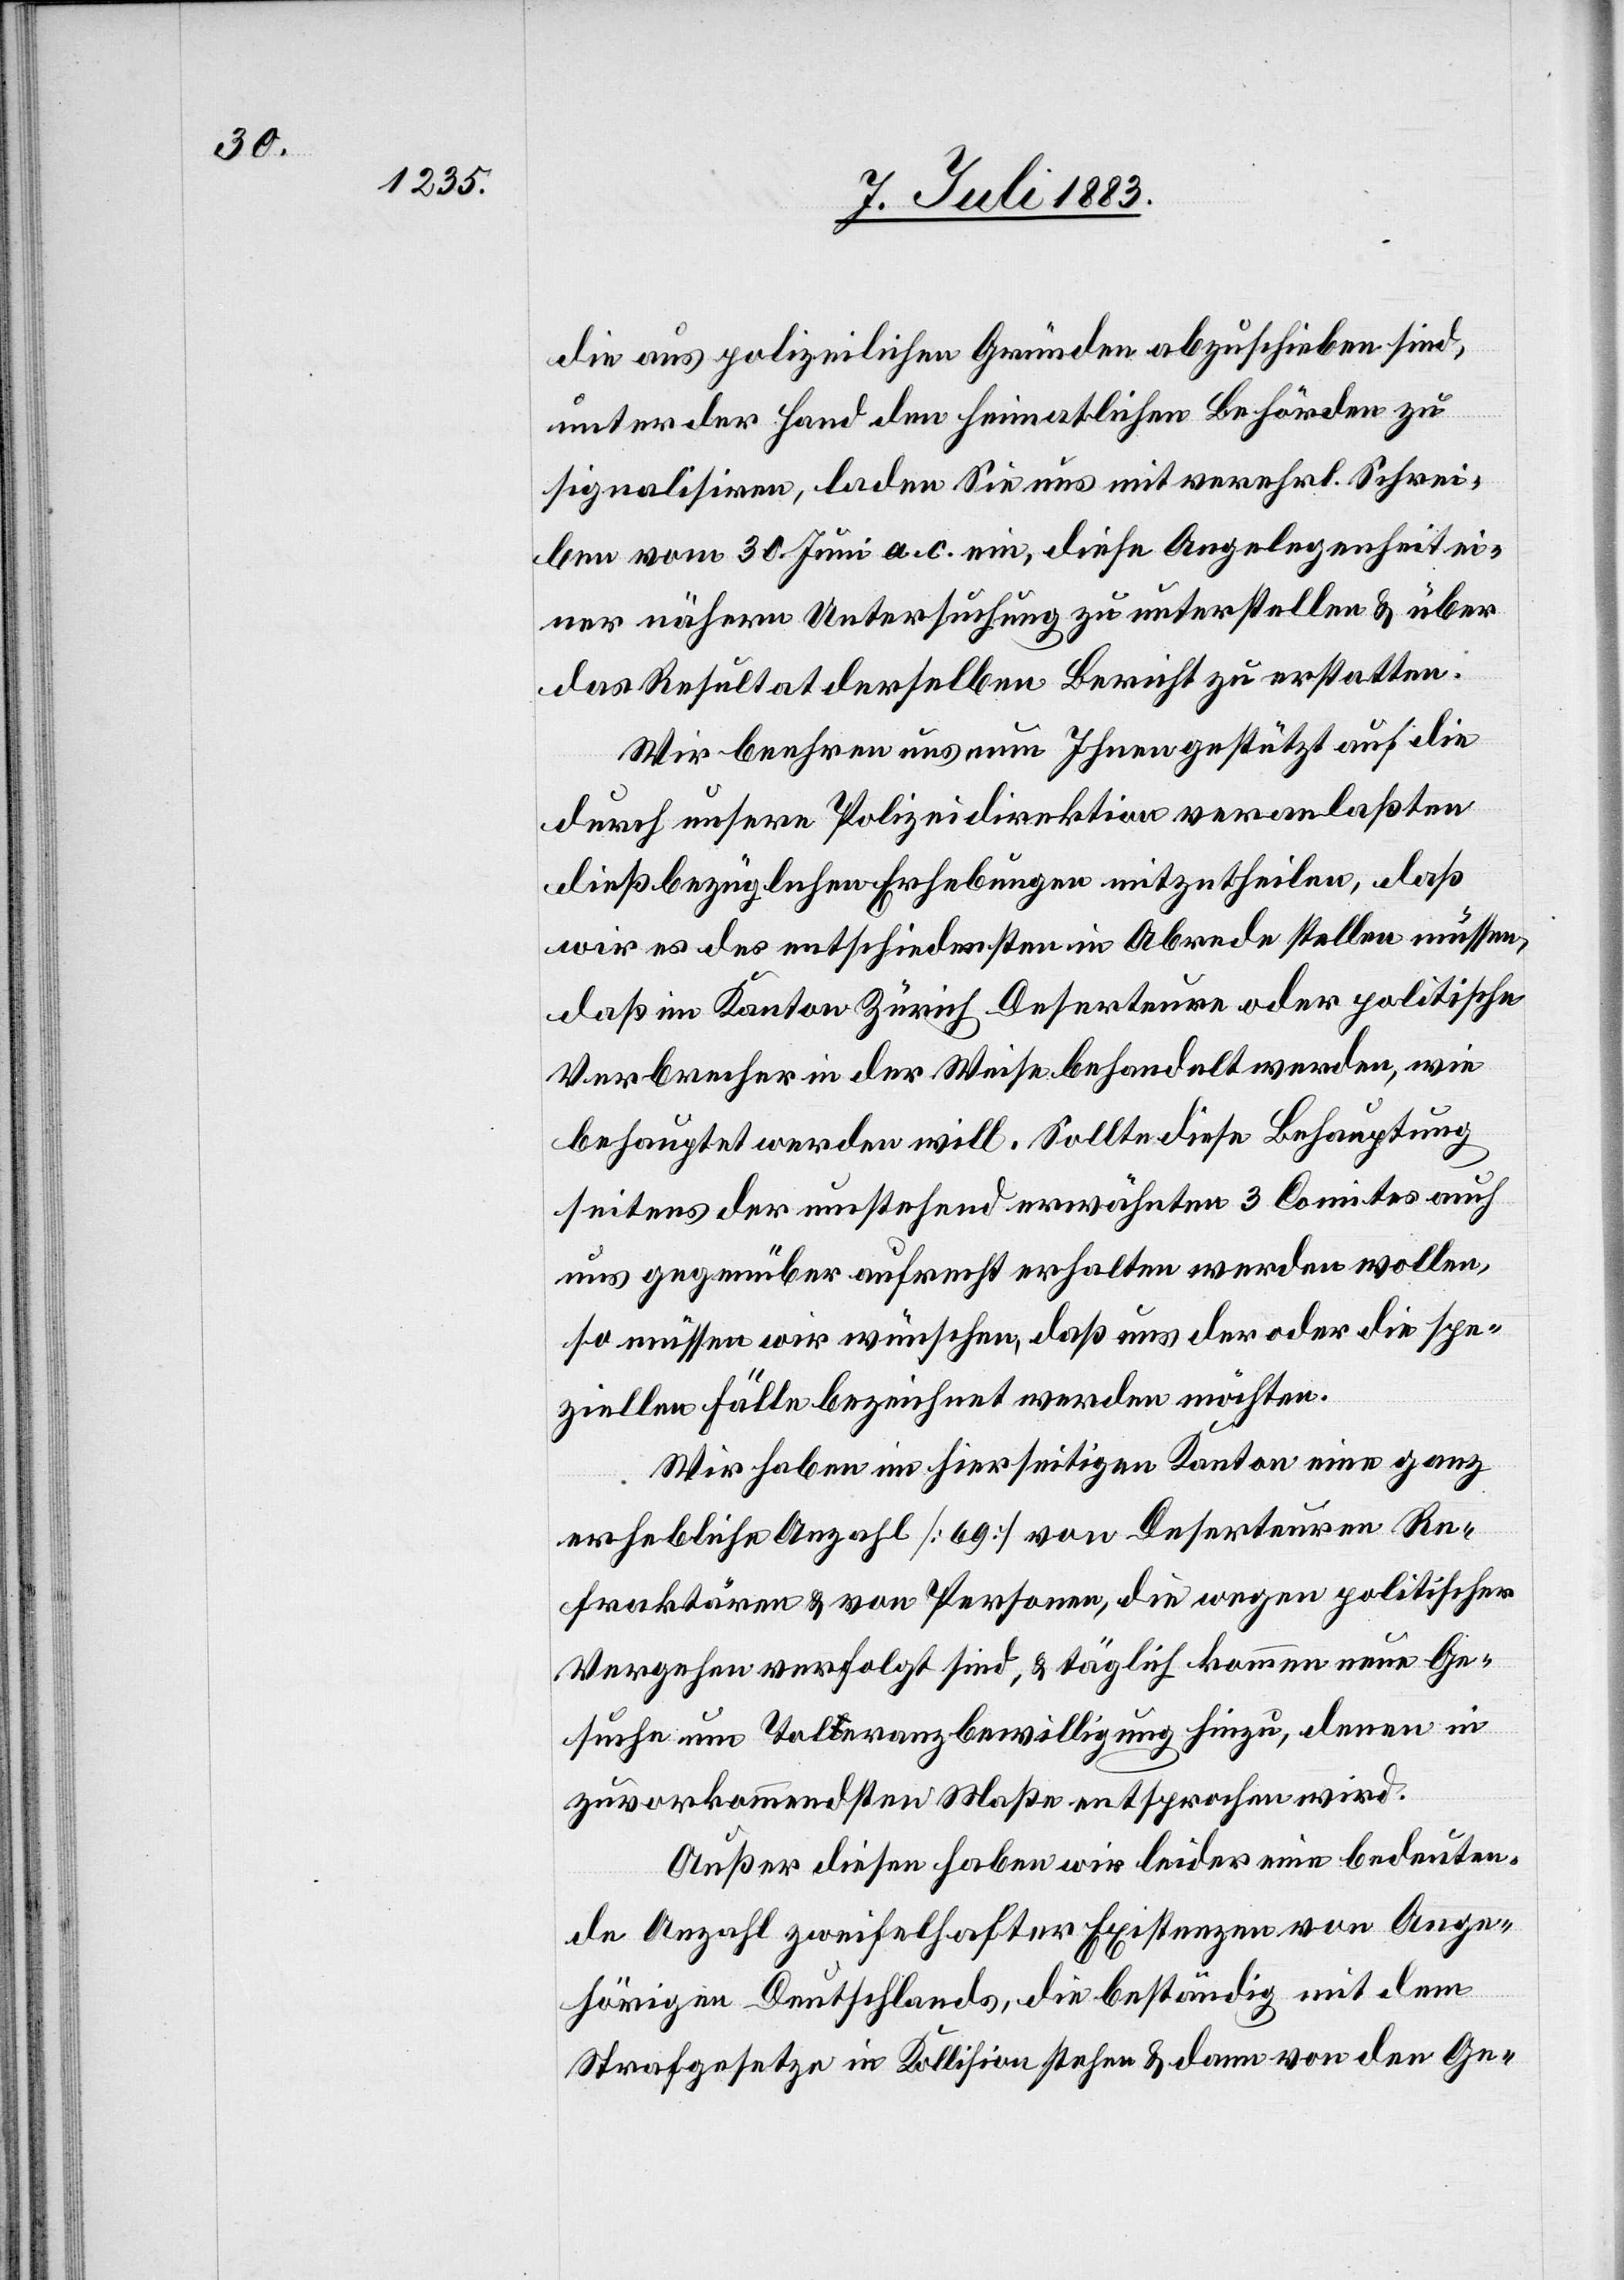
die aus polizeilichen Gründen abzuschieben sind,
unter der Hand den heimatlichen Behörden zu
signalisiren, laden Sie uns mit verehrl. Schrei¬
ben vom 30. Juni a. c. ein, diese Angelegenheit ei¬
ner nähern Untersuchung zu unterstellen & über
das Resultat derselben Bericht zu erstatten.
Wir beehren uns num [recte: nun] Ihnen gestützt auf die
durch unsere Polizeidirektion veranlaßten
dießbezüglichen Erhebungen mitzutheilen, daß
wir es des entschiedensten in Abrede stellen müssen,
daß im Kanton Zürich Deserteure oder politische
Verbrecher in der Weise behandelt werden, wie
behauptet werden will. Sollte diese Behauptung
seitens der umstehend erwähnten 3 Comites auch
uns gegenüber aufrecht erhalten werden wollen,
so müssen wir wünschen, daß uns der oder die spe¬
ziellen Fälle bezeichnet werden möchten.
Wir haben im hierseitigen Kanton eine ganz
erhebliche Anzahl [69] Deserteure[,] Re¬
fraktären & von Personen, die wegen politischer
Vergehen verfolgt sind, & täglich kommen neue Ge¬
suche um Toleranzbewilligung hinzu, denen in
zuvorkommendstem] Maße entsprochen wird.
Außer diesen haben wir leider eine bedeuten¬
de Anzahl zweifelhafter Existenzen von Ange¬
hörigen Deutschlands, die beständig mit dem
Strafgesetze in Kollision stehen & dann von den Ge-